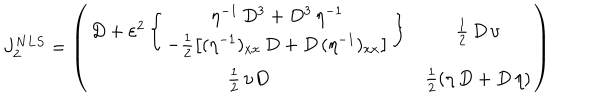
LaTeX: J _ { 2 } ^ { N L S } = \left( \begin{array} { c c } { { D + \varepsilon ^ { 2 } \left\{ \begin{array} { c } { { \eta ^ { - 1 } \, D ^ { 3 } + D ^ { 3 } \, \eta ^ { - 1 } } } \\ { { - \frac { 1 } { 2 } \left[ ( \eta ^ { - 1 } ) _ { x x } \, D + D \, ( \eta ^ { - 1 } ) _ { x x } \right] } } \\ \end{array} \right\} } } & { { \frac { 1 } { 2 } \, D \, \upsilon } } \\ { { \frac { 1 } { 2 } \, \upsilon D } } & { { \frac { 1 } { 2 } ( \eta \, D + D \, \eta ) } } \\ \end{array} \right)